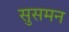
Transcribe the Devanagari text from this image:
सुसमन